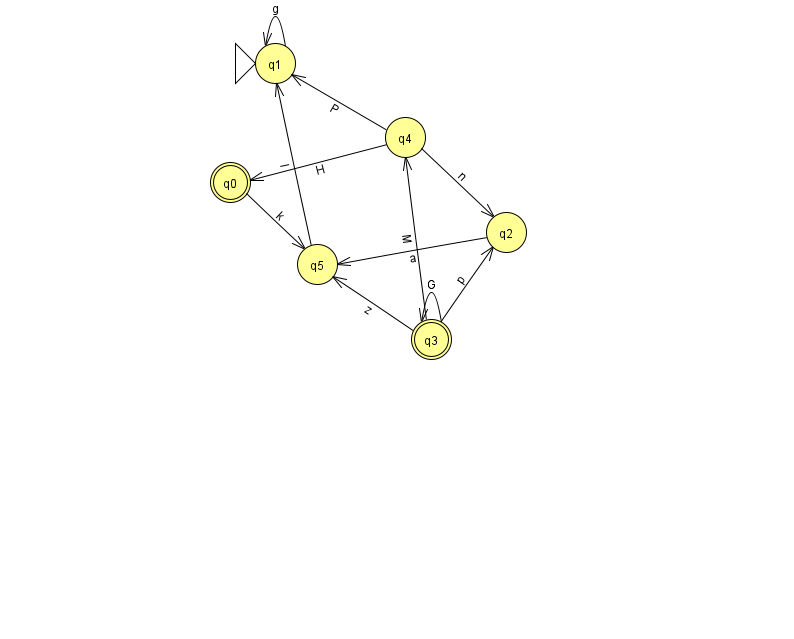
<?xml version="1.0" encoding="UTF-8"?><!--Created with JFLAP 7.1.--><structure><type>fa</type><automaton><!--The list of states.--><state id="0" name="q0"><x>230.0</x><y>169.0</y><final/></state><state id="1" name="q1"><x>275.0</x><y>50.0</y><initial/></state><state id="2" name="q2"><x>506.0</x><y>219.0</y></state><state id="3" name="q3"><x>431.0</x><y>326.0</y><final/></state><state id="4" name="q4"><x>405.0</x><y>124.0</y></state><state id="5" name="q5"><x>317.0</x><y>251.0</y></state><!--The list of transitions.--><transition><from>0</from><to>5</to><read>k</read></transition><transition><from>2</from><to>5</to><read>a</read></transition><transition><from>4</from><to>1</to><read>P</read></transition><transition><from>3</from><to>5</to><read>z</read></transition><transition><from>3</from><to>4</to><read>M</read></transition><transition><from>1</from><to>1</to><read>g</read></transition><transition><from>3</from><to>3</to><read>G</read></transition><transition><from>4</from><to>0</to><read>H</read></transition><transition><from>5</from><to>1</to><read>l</read></transition><transition><from>4</from><to>2</to><read>n</read></transition><transition><from>3</from><to>2</to><read>p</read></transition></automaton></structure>